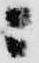
ニ